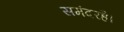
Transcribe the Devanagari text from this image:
समंदरहै।